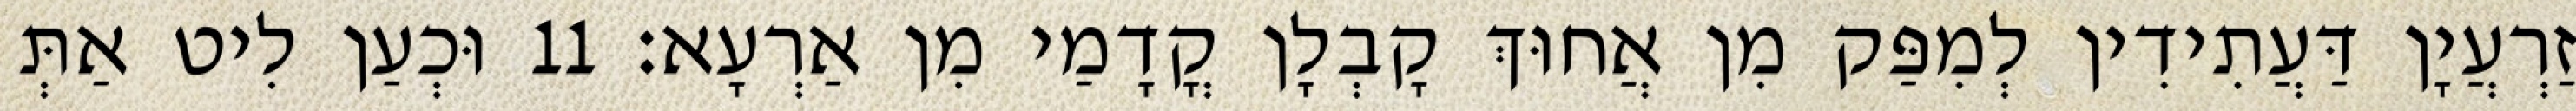
זַרְעֲיָן דַּעֲתִידִין לְמִפַּק מִן אֲחוּךְ קָבְלָן קֳדָמַי מִן אַרְעָא׃ 11 וּכְעַן לִיט אַתְּ